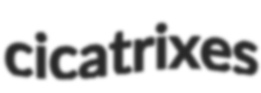
cicatrixes